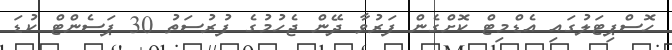
ހޮސްޕިޓަލުގައި އެޑްމިޓް ކޮށްގެން ފަރުވާ ދޭން ޖެހުމުގެ ފުރުސަތު 30 ޕަސެންޓް ކުޑަ